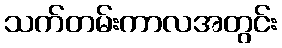
သက်တမ်းကာလအတွင်း